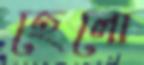
হেলো